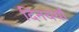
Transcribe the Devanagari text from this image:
दिनचर्यां